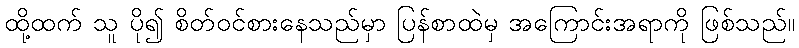
ထို့ထက် သူ ပို၍ စိတ်ဝင်စားနေသည်မှာ ပြန်စာထဲမှ အကြောင်းအရာကို ဖြစ်သည်။